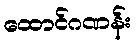
ထောင်ဂဏန်း